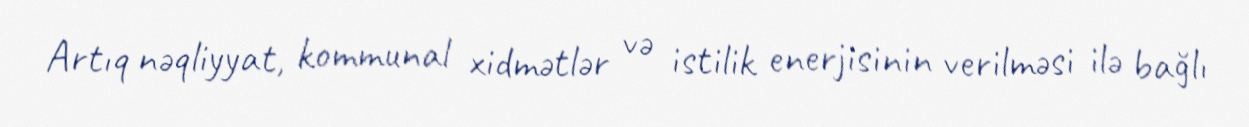
Artıq nəqliyyat, kommunal xidmətlər və istilik enerjisinin verilməsi ilə bağlı